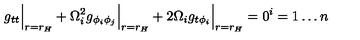
g _ { t t } \Big | _ { r = r _ { H } } + \Omega _ { i } ^ { 2 } g _ { \phi _ { i } \phi _ { j } } \Big | _ { r = r _ { H } } + 2 \Omega _ { i } g _ { t \phi _ { i } } \Big | _ { r = r _ { H } } = 0 \sp i = 1 \ldots n